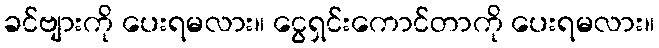
ခင်ဗျားကို ပေးရမလား။ ငွေရှင်းကောင်တာကို ပေးရမလား။